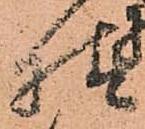
様